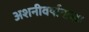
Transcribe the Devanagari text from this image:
अशनीवर्षावाला